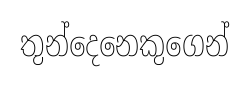
තුන්දෙනෙකුගෙන්